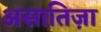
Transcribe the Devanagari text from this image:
असातिज़ा